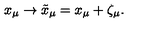
x _ { \mu } \to \tilde { x } _ { \mu } = x _ { \mu } + \zeta _ { \mu } .